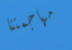
مهاجمتنا